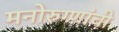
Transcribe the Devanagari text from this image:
मनोरुग्णांची